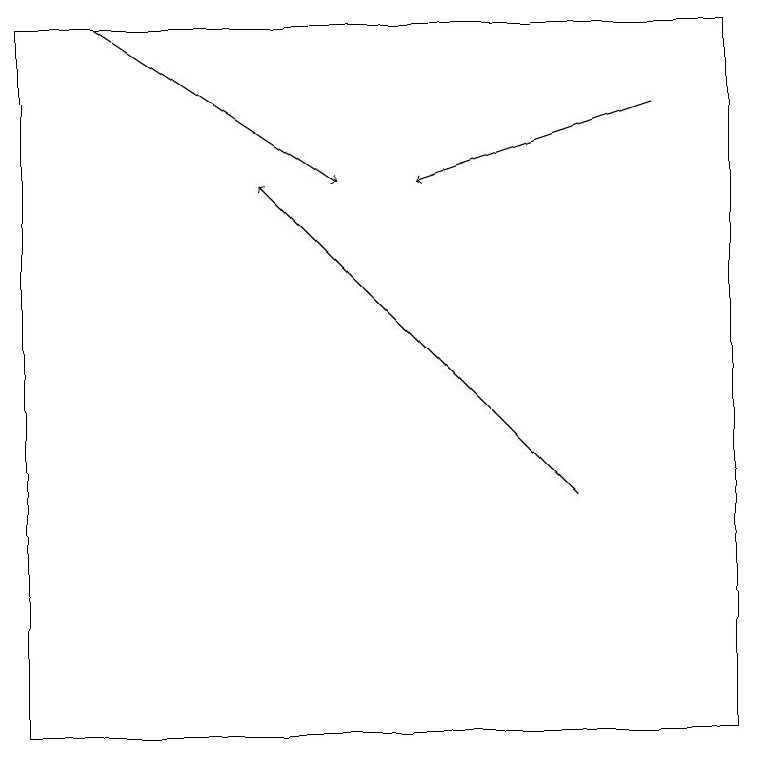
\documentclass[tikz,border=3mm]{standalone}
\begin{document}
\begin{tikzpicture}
\draw[->] (7,13) -- (3,17);
\draw[->] (8,18) -- (5,17);
\draw (9,10) rectangle (0,19);
\draw[->] (1,19) -- (4,17);
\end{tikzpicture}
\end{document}